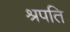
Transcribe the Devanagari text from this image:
श्रपति